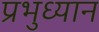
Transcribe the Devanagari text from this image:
प्रभुध्यान